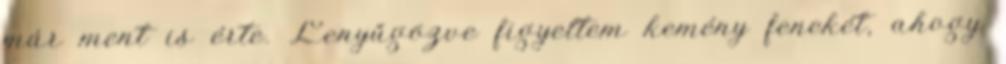
már ment is érte. Lenyűgözve figyeltem kemény fenekét, ahogy